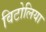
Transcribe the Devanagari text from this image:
विटोलिया